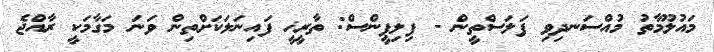
މައުލޫމާތު މުއްސަނދިވި ފަލަސްތީން - ފިލިޕީންސް: ތާރީޚީ ފައިނަލަކަށްތިން ވަނަ މަގާމަކީ ރާއްޖެ